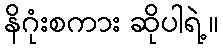
နိဂုံးစကား ဆိုပါရဲ့။